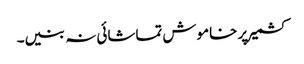
کشمیر پر خاموش تماشائی نہ بنیں۔